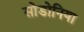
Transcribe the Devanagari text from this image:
सोडोनिया